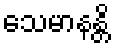
သေမာနန္တိ